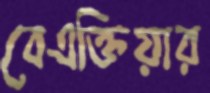
বেএক্তিয়ার